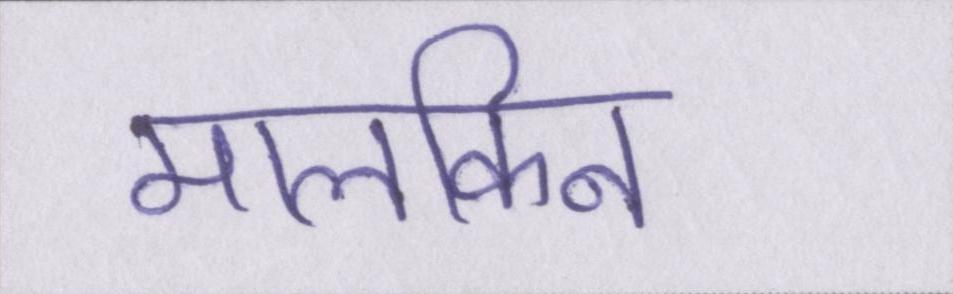
मालकिन